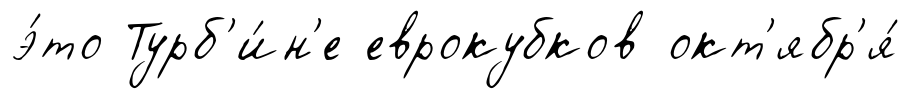
э́то Турб'и́н'е еврокубков окт'ябр'я́